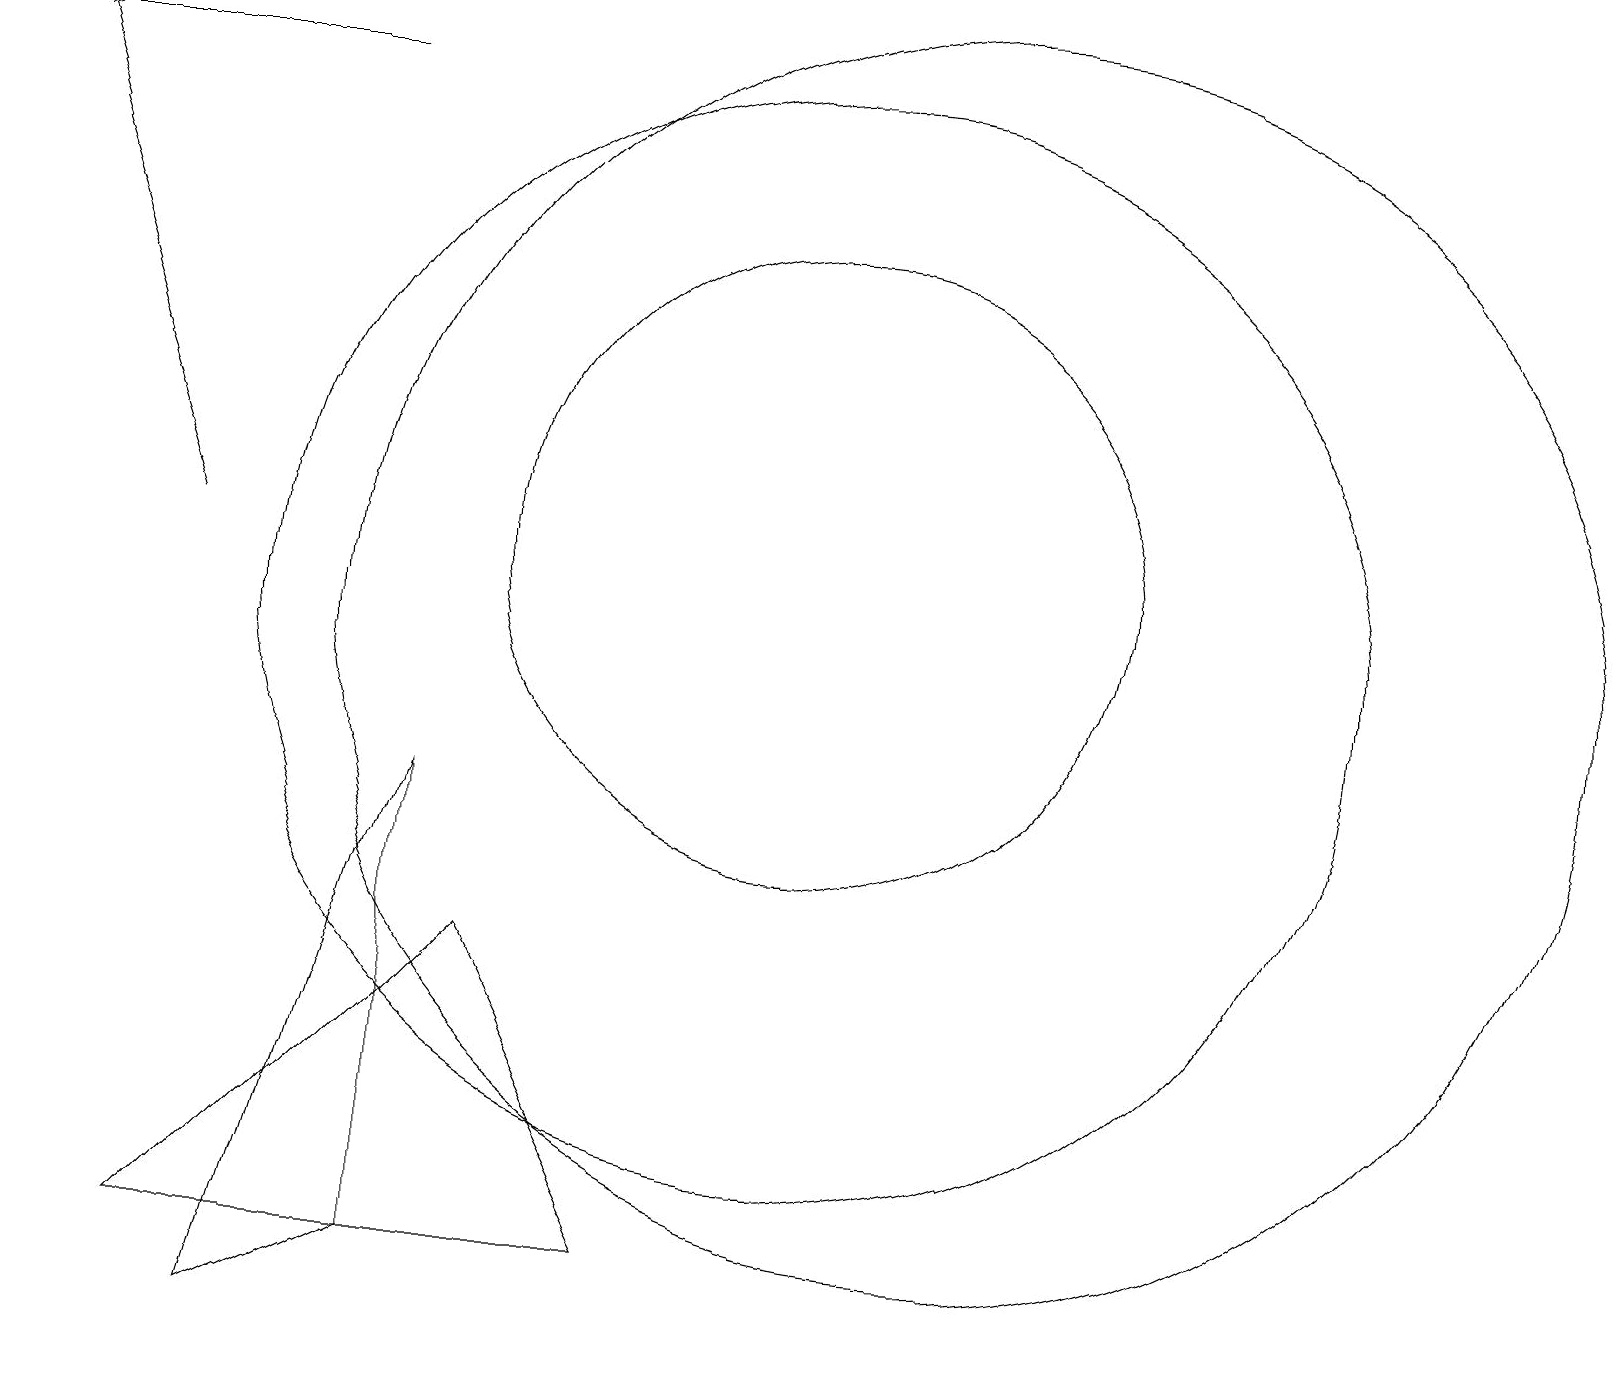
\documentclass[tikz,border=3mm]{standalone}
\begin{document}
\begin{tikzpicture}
\draw (6,6) -- (8,2) -- (2,2) -- cycle;
\draw (3,1) -- (5,2) -- (5,8) -- cycle;
\draw (4,17) rectangle (0,17);
\draw (10,11) circle (4);
\draw[->] (2,11) -- (0,17);
\draw (12,10) circle (8);
\draw (10,10) circle (7);
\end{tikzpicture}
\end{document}